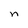
Character: n